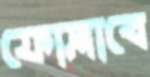
ফোস্‌লাবে